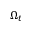
\Omega _ { t }